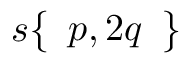
s { \left\{ \begin{array} { l } { p , 2 q } \end{array} \right\} }